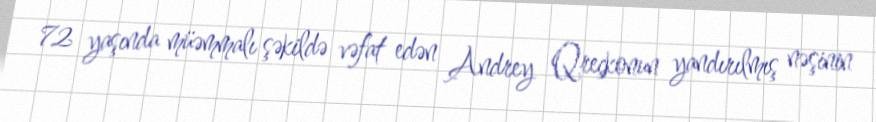
72 yaşında müəmmalı şəkildə vəfat edən Andrey Qreçkonun yandırılmış nəşinin